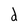
Character: d